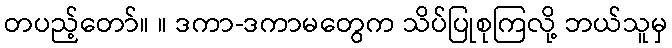
တပည့်တော်။ ။ ဒကာ-ဒကာမတွေက သိပ်ပြုစုကြလို့ ဘယ်သူမှ